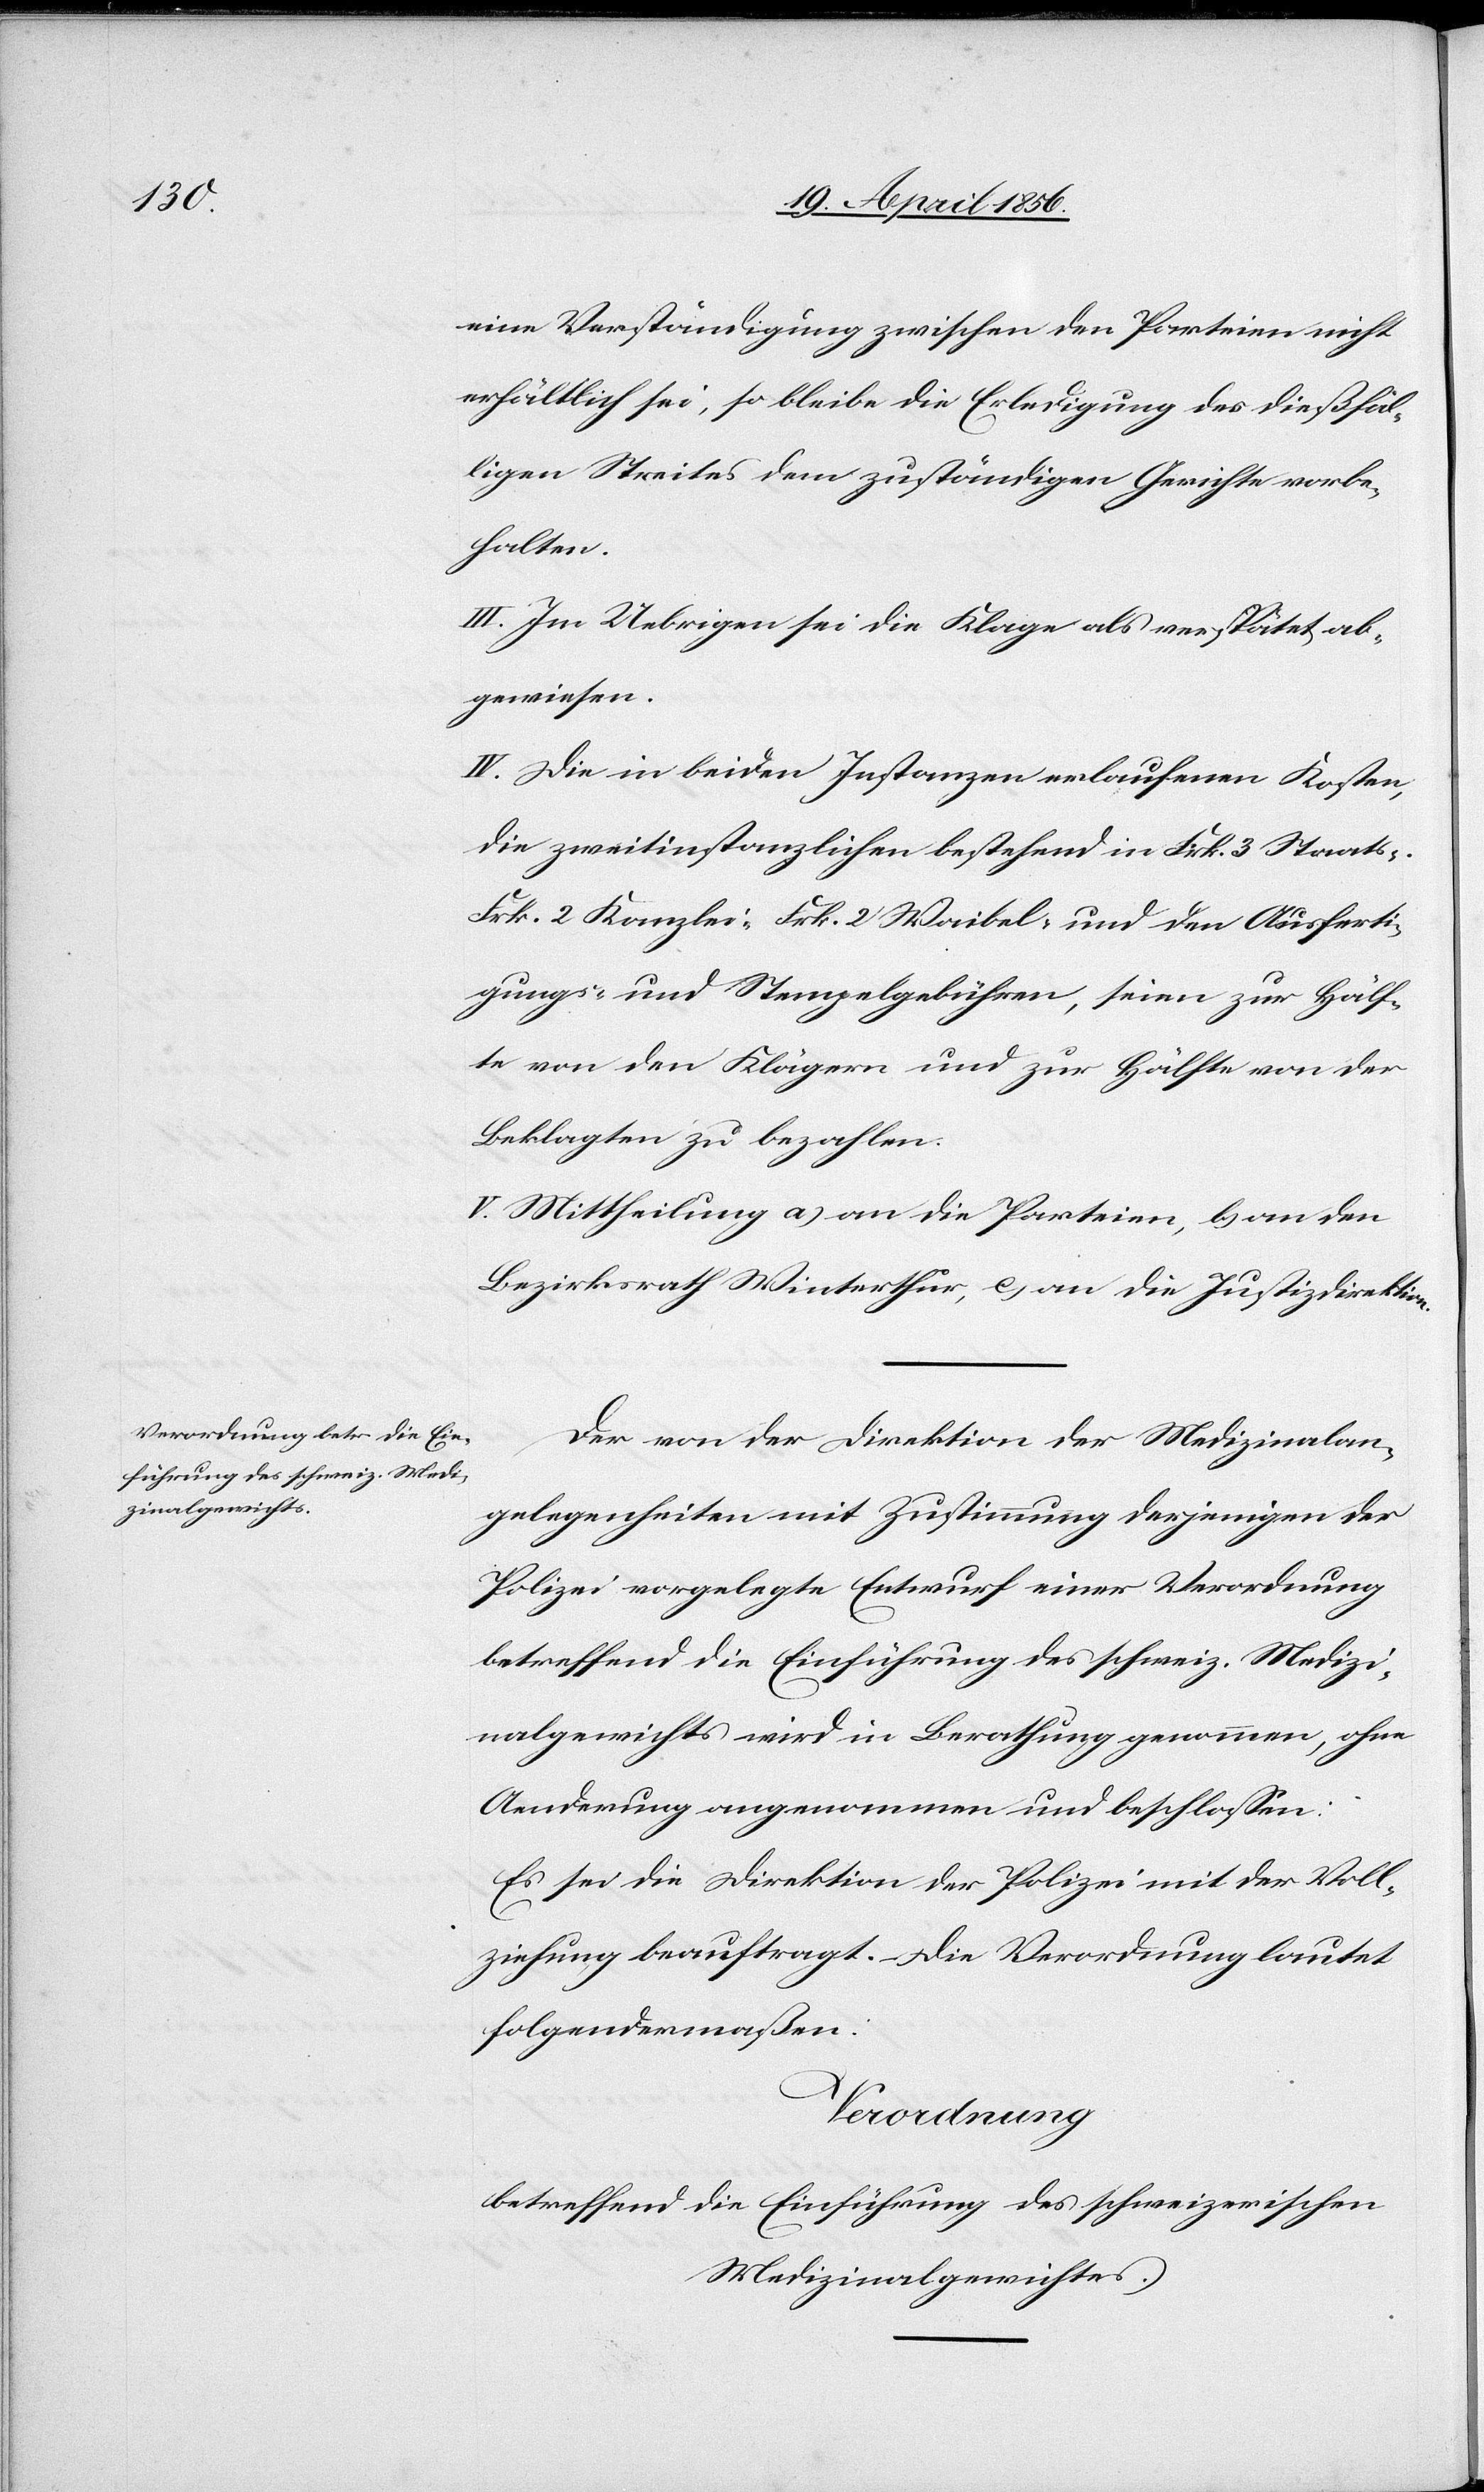
eine Verständigung zwischen den Parteien nicht
erhältlich sei, so bleibe die Erledigung des dießfäl¬
ligen Streites dem zuständigen Gerichte vorbe¬
halten.
III. Im Uebrigen sei die Klage als verspätet ab¬
gewiesen.
IV. Die in beiden Instanzen erlaufenen Kosten,
die zweitinstanzlichen bestehend in Frk. 3 Staats-[,]
Frk. 2 Kanzlei-[,] Frk. 2 Waibel- und den Ausferti¬
gungs- und Stempelgebühren, seien zur Hälf¬
te von den Klägern und zur Hälfte von der
Beklagten zu bezahlen.
V. Mittheilung a) an die Parteien, b) an den
Bezirksrath Winterthur, c) an die Justizdirektion.
Der von der Direktion der Medizinalan¬
gelegenheiten mit Zustimmung derjenigen der
Polizei vorgelegte Entwurf einer Verordnung
betreffend die Einführung des schweiz. Medizi¬
nalgewichts wird in Berathung genommen, ohne
Aenderung angenommen und beschlossen:
Es sei die Direktion der Polizei mit der Voll¬
ziehung beauftragt. Die Verordnung lautet
folgendermaßen:
Verordnung
betreffend die Einführung des schweizerischen
Medizinalgewichtes.